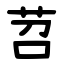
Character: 苕